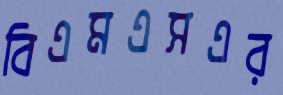
বিএমএসএর